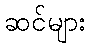
ဆင်များ